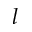
l